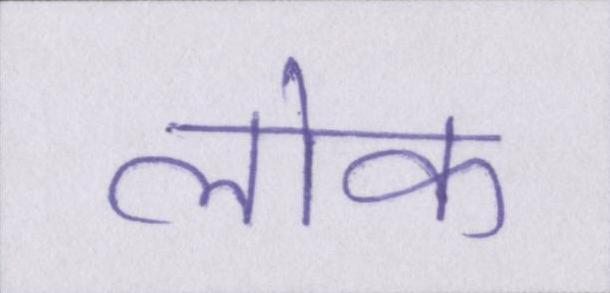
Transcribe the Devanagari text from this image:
लॊक